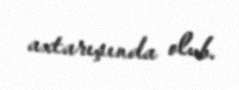
axtarışında olub.